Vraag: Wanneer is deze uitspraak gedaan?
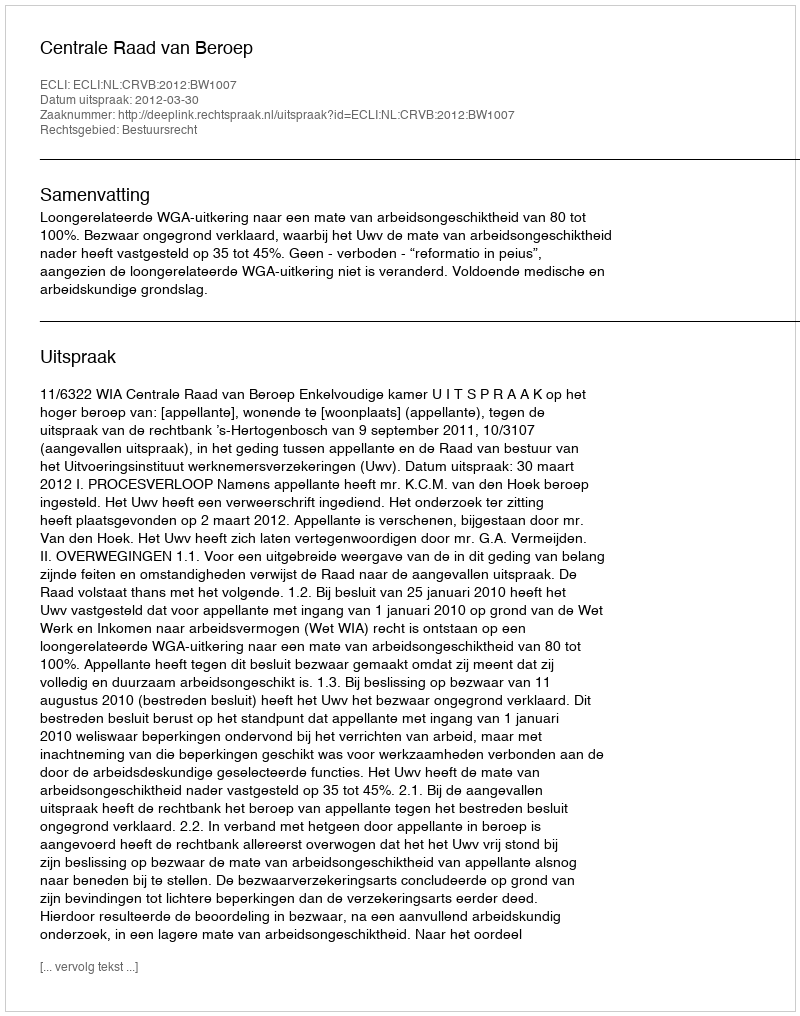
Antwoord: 2012-03-30